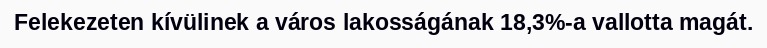
Felekezeten kívülinek a város lakosságának 18,3%-a vallotta magát.